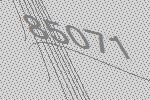
85071